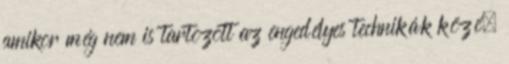
amikor még nem is tartozott az engedélyes technikák közé.